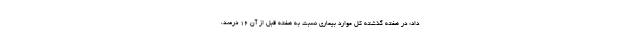
داد: در هفته گذشته کل موارد بیماری نسبت به هفته قبل از آن ۱۶ درصد،